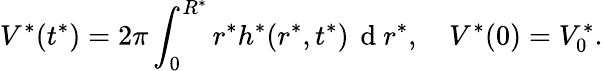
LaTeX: V^{*}(t^{*})=2\pi\int_{0}^{R^{*}}r^{*}h^{*}(r^{*},t^{*})\, \mathrm{~d~}r^{*},\quad V^{*}(0)=V_{0}^{*}.